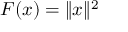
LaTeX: F ( x ) = \| x \| ^ { 2 }